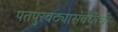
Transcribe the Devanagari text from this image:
पतपुरवठ्यासंबंधीची